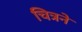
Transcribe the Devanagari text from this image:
चित्रने